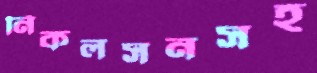
নিকলসনসহ